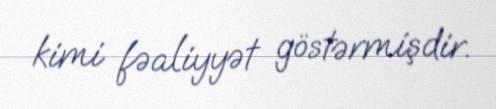
kimi fəaliyyət göstərmişdir.